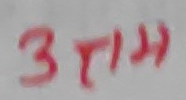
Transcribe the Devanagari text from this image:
उराम